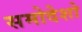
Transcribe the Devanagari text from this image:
समोदेशो